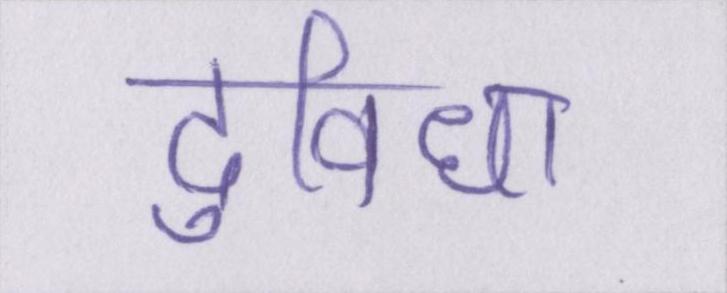
दुविधा